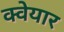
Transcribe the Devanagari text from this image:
क्वेयार